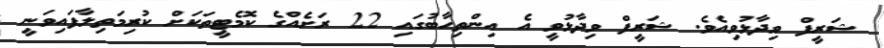
ޝަރީފް ވިދާޅުވިއެވެ. ޝަރީފް ވިދާޅުވީ އެ އިންތިހާބުގައި 22 ރަށެއްގެ ކޮމެޓީތަކަށް ކުރިމަތިލާފައިވަނީ